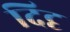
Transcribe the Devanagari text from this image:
दिदृ